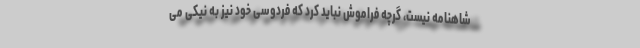
شاهنامه نیست، گرچه فراموش نباید کرد که فردوسی خود نیز به نیکی می‌